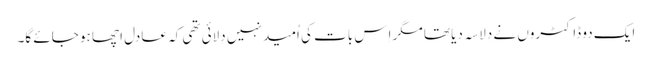
ایک دو ڈاکٹروں نے دِلاسہ دیا تھا مگر اِس بات کی اُمید نہیں دِلائی تھی کہ عادل اچھا ہو جائے گا۔